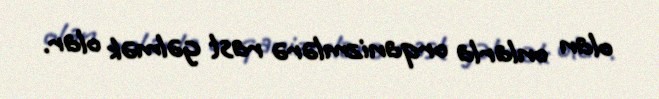
olan onlarla orqanizmlərə rast gəlmək olar.